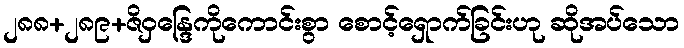
၂၈၈+၂၈၉+ဇိဝှန္ဒြေကိုကောင်းစွာ စောင့်ရှောက်ခြင်းဟု ဆိုအပ်သော